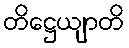
တိဋ္ဌေယျာတိ